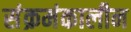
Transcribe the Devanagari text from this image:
संक्रमंकालीन